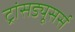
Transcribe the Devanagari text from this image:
ट्रांसड्यूसर्स